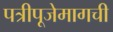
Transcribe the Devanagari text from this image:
पत्रीपूजेमागची